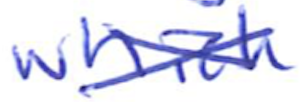
Text: which
Cross-out: cross
Writing tool: ballpoint